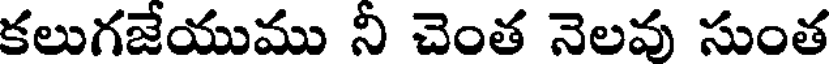
కలుగజేయుము నీ చెంత నెలవు సుంత